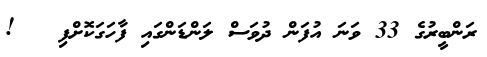
ރަންބީރުގެ 33 ވަނަ އުފަން ދުވަސް ލަންޑަންގައި ފާހަގަކޮށްފި   !